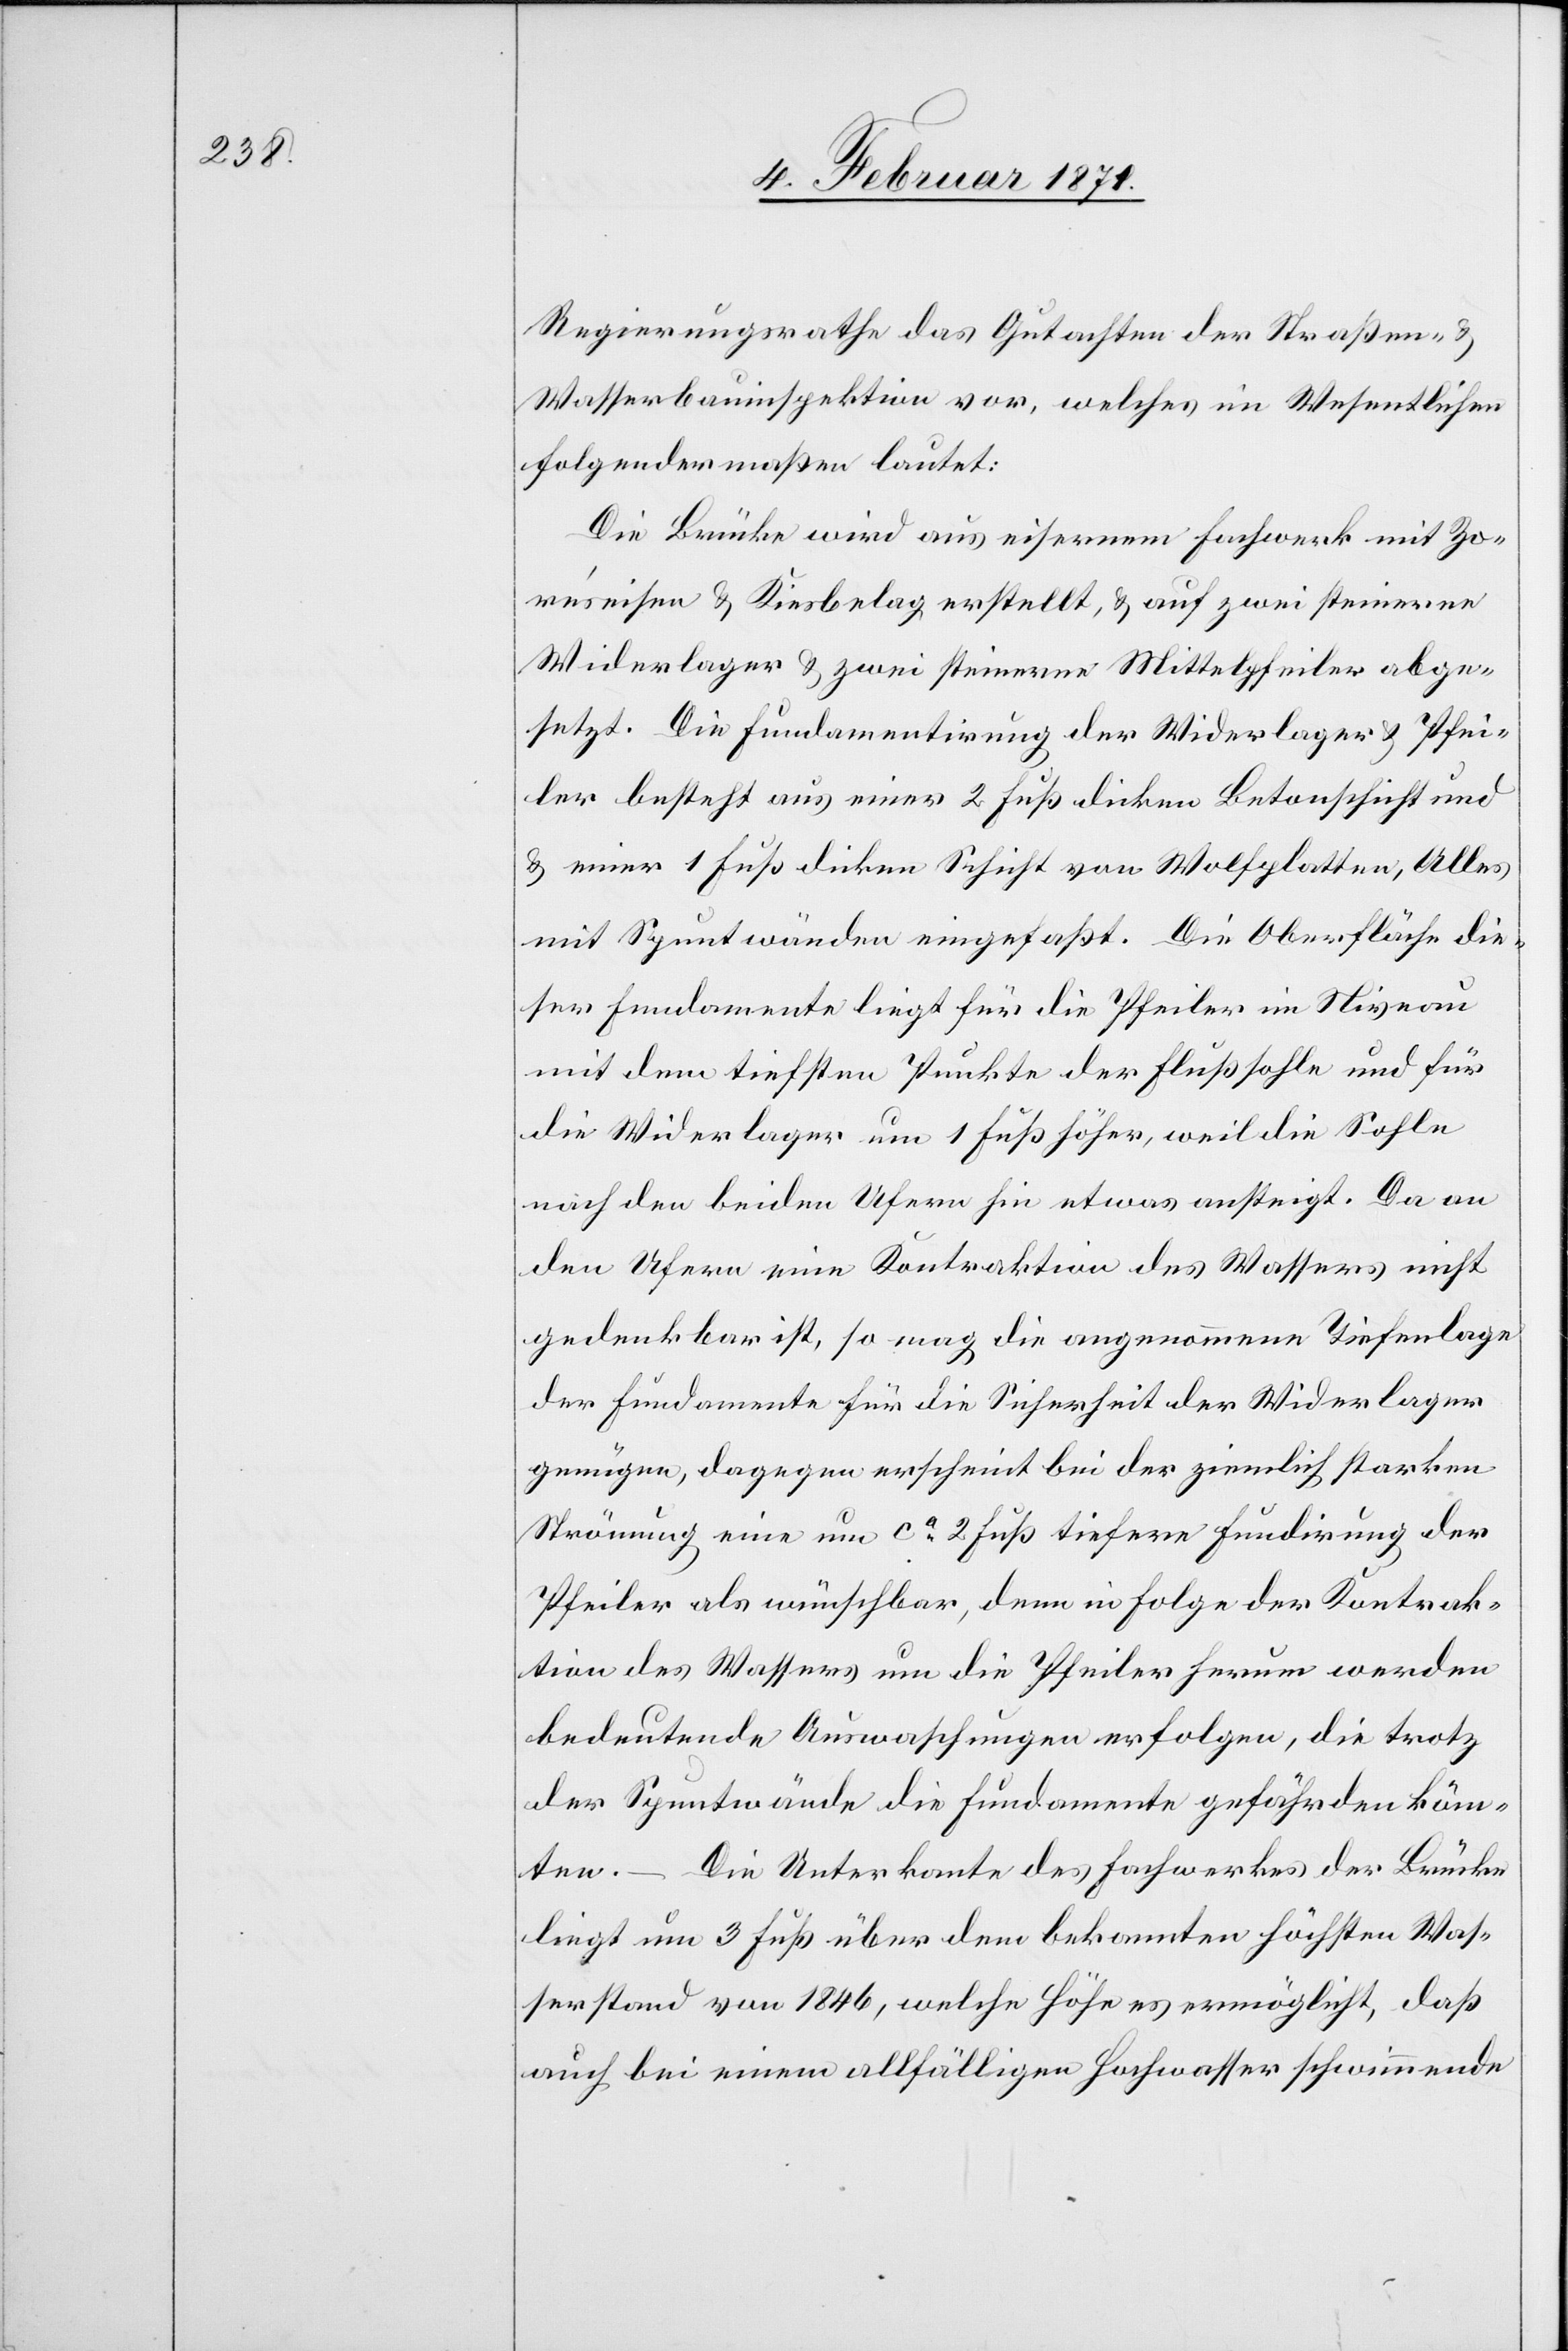
Regierungsrathe das Gutachten der Straßen-
Wasserbauinspektion vor, welches im Wesentlichen
folgendermaßen lautet:
Die Brücke wird aus eisernem Fachwerk mit Zo¬
reseisen u. Kiesbelag erstellt, u. auf zwei steinerne
Widerlager u. zwei steinerne Mittelpfeiler abge¬
setzt. Die Fundamentirung der Widerlager u. Pfei¬
ler besteht aus einer 2 Fuß dicken Betonschicht und
einer 1 Fuß dicken Schicht von Wolfplatten, Alles
mit Spuntwänden eingefaßt. Die Oberfläche die¬
ser Fundamente liegt für die Pfeiler im Niveau
mit dem tiefsten Punkte der Flußsohle und für
die Widerlager um 1 Fuß höher, weil die Sohle
nach den beiden Ufern sie etwas ansteigt. Da an
den Ufern eine Kontraktion des Wassers nicht
gedenkbar ist, so mag die angenommene Tiefenlage
der Fundamente für die Sicherheit der Widerlager
genügen, dagegen erscheint bei der ziemlich starken
Strömung eine um ca. 2 Fuß tiefere Fundirung der
Pfeiler als wünschbar, denn in Folge der Kontrak¬
tion des Wassers um die Pfeiler herum werden
bedeutende Auswaschungen erfolgen, die trotz
der Spuntwände die Fundamente gefährden könn¬
ten. – Die Unterkante des Fachwerkes der Brücke
liegt um 3 Fuß über dem bekannten höchsten Was¬
serstand von 1846, welche Höhe es ermöglicht, daß
auch bei einem allfälligen Hochwasser schwimmende